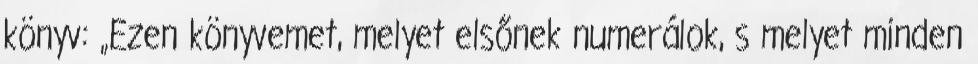
könyv: „Ezen könyvemet, melyet elsőnek numerálok, s melyet minden